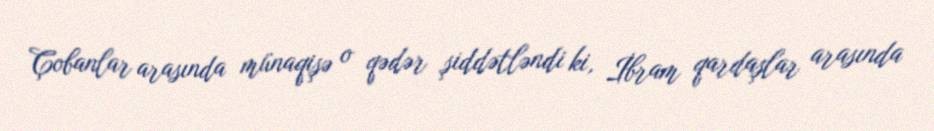
Çobanlar arasında münaqişə o qədər şiddətləndi ki, İbram qardaşlar arasında